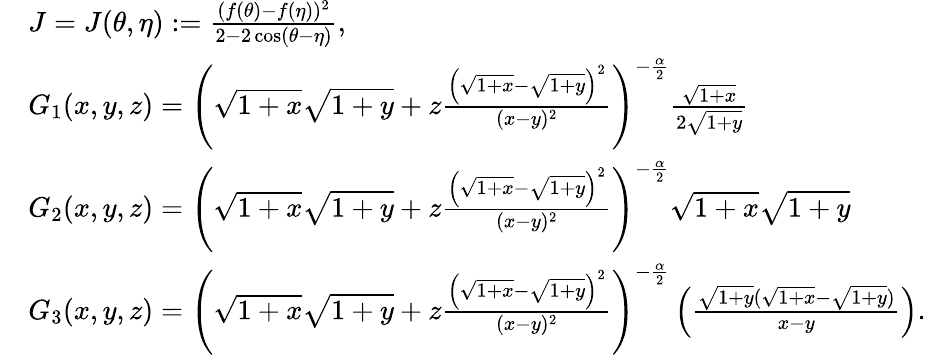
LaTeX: \begin{array}{rl}&{{J}=J(\theta,\eta):=\frac{(f(\theta)-f(\eta))^{2}}{2-2\cos(\theta-\eta)},}\\ &{G_{1}(x,y,z)=\left(\sqrt{1+x}\sqrt{1+y}+z\frac{\left(\sqrt{1+x}-\sqrt{1+y}\right)^{2}}{(x-y)^{2}}\right)^{-\frac{\alpha}{2}}\frac{\sqrt{1+x}}{2\sqrt{1+y}}}\\ &{G_{2}(x,y,z)=\left(\sqrt{1+x}\sqrt{1+y}+z\frac{\left(\sqrt{1+x}-\sqrt{1+y}\right)^{2}}{(x-y)^{2}}\right)^{-\frac{\alpha}{2}}\sqrt{1+x}\sqrt{1+y}}\\ &{G_{3}(x,y,z)=\left(\sqrt{1+x}\sqrt{1+y}+z\frac{\left(\sqrt{1+x}-\sqrt{1+y}\right)^{2}}{(x-y)^{2}}\right)^{-\frac{\alpha}{2}}\left(\frac{\sqrt{1+y}(\sqrt{1+x}-\sqrt{1+y})}{x-y}\right).}\end{array}